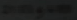
20\div14+86